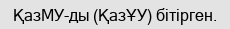
ҚазМУ-ды (ҚазҰУ) бітірген.